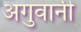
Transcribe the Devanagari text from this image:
अगुवानी